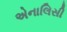
એનાલિસી